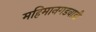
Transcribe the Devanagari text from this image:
महिमानगडवाडी